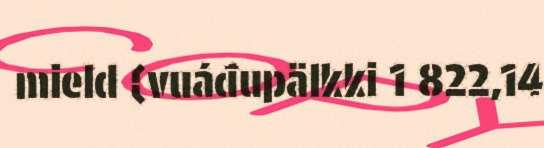
mield (vuáđupälkki 1 822,14